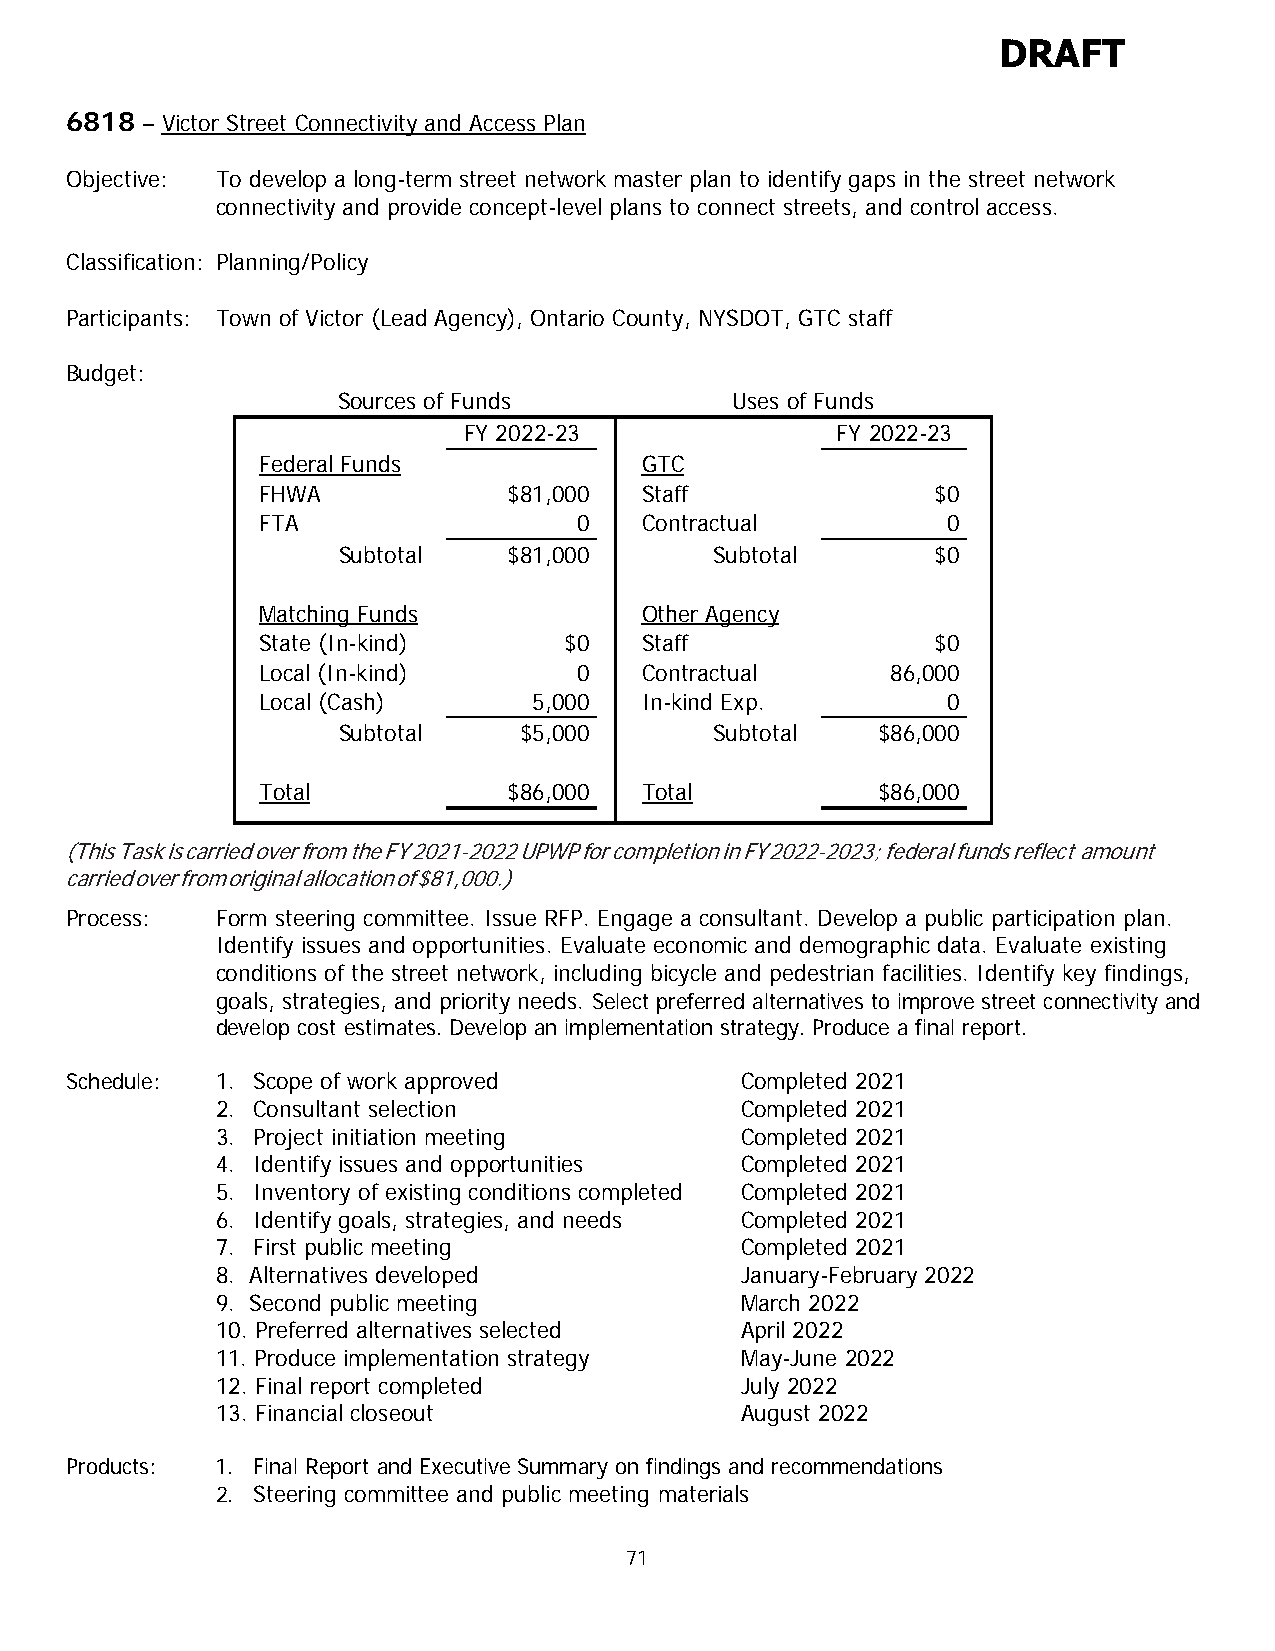
DRAFT
 6818 – Victor Street Connectivity and Access Plan
 Objective: To develop a long-term street network master plan to identify gaps in the street network
 connectivity and provide concept-level plans to connect streets, and control access.
 Classification: Planning/Policy
 Participants: Town of Victor (Lead Agency), Ontario County, NYSDOT, GTC staff
 Budget:
 Sources of Funds          Uses of Funds
 FY 2022-23              FY 2022-23
 Federal Funds            GTC
 FHWA             $81,000 Staff               $0
 FTA                  0   Contractual          0
 Subtotal    $81,000      Subtotal       $0
 Matching Funds           Other Agency
 State (In-kind)     $0   Staff               $0
 Local (In-kind)      0   Contractual      86,000
 Local (Cash)      5,000  In-kind Exp.         0
 Subtotal    $5,000       Subtotal   $86,000
 Total            $86,000 Total           $86,000
 (This Task is carried over from the FY 2021-2022 UPWP for completion in FY 2022-2023; federal funds reflect amount
 carried over from original allocation of $81,000.)
 Process:  Form steering committee. Issue RFP. Engage a consultant. Develop a public participation plan.
 Identify issues and opportunities. Evaluate economic and demographic data. Evaluate existing
 conditions of the street network, including bicycle and pedestrian facilities. Identify key findings,
 goals, strategies, and priority needs. Select preferred alternatives to improve street connectivity and
 develop cost estimates. Develop an implementation strategy. Produce a final report.
 Schedule: 1. Scope of work approved          Completed 2021
 2. Consultant selection            Completed 2021
 3. Project initiation meeting      Completed 2021
 4. Identify issues and opportunities Completed 2021
 5. Inventory of existing conditions completed Completed 2021
 6. Identify goals, strategies, and needs Completed 2021
 7. First public meeting            Completed 2021
 8. Alternatives developed          January-February 2022
 9. Second public meeting           March 2022
 10. Preferred alternatives selected April 2022
 11. Produce implementation strategy May-June 2022
 12. Final report completed         July 2022
 13. Financial closeout             August 2022
 Products: 1. Final Report and Executive Summary on findings and recommendations
 2. Steering committee and public meeting materials
 71